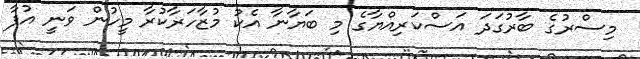
މިސްރުގެ ބާރުގަދަ އަސްކަރިއްޔާގެ މި ބަޔާނާ އެކު މުޒާހަރާކުރާ މީހުން ވަނީ އުފާ